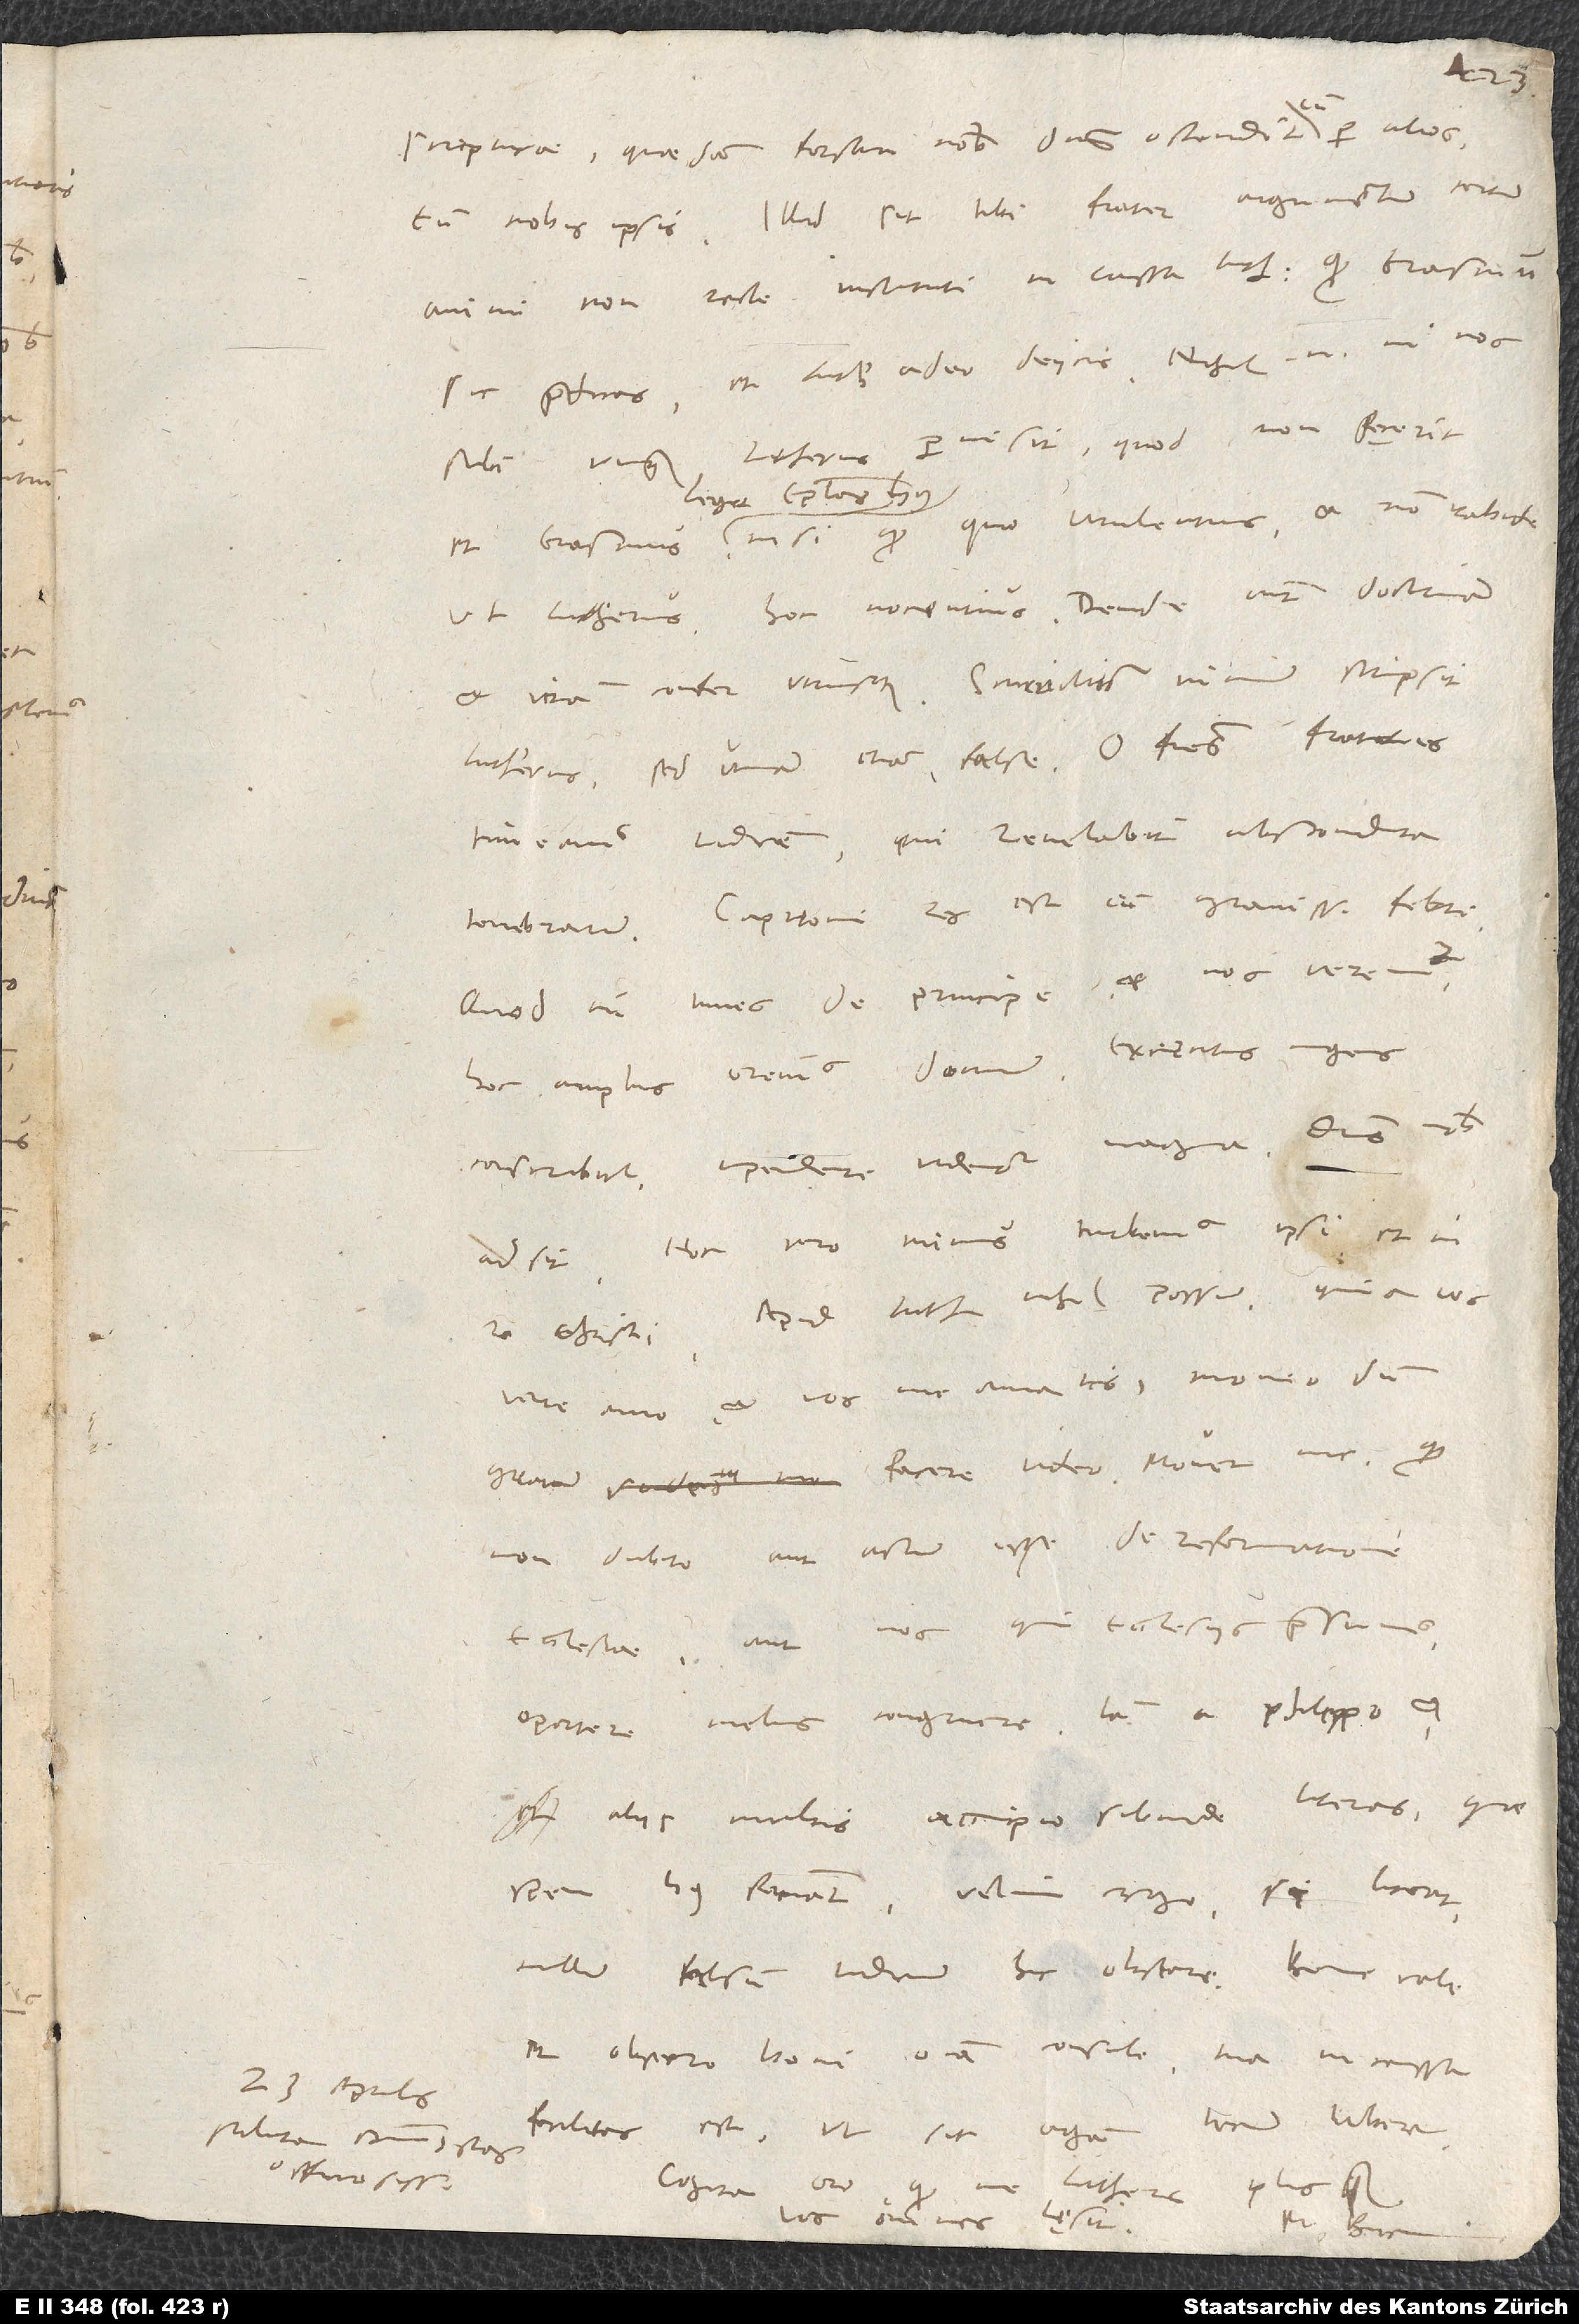
23. aprilis.
officiosissime.

sic praedicas et Lutherum adeo deiicis. Nihil enim in nos
sibi unquam Lutherus permisit, quod non fecerit
lege epistolas huius
ut Lutherus, hoc nocentius. Deinde autem doctrinam
et vitam confer utriusque. Scurriliter nimium scripsit
Lutherus, sed utinam etiam false! O fratres, fratres,
timeamus iudicem, qui revelabit abscondita
Capitoni res est cum gravissima febri.
Quod tu times de principe, et nos veremur.
Hoc amplius oremus dominum. Exercitus ingens
conscribitur. Impendere videntur magna. Dominus nobis
adsit. Hoc vero minus turbemus ipsi et in
re Christi. Apud Lutherum nihil possum. Quia vos
vere amo et vos me amatis, moneo, dum
gratum facere video. Movet me, quod
non dubito aut actum esse de reformatione
ecclesiae aut nos, qui ecclesiis praesumus,
oportere melius congruere. Iam a Philippo
et aliis multis accipio subinde literas, quae
spem huius faciant. Velim ergo, si liceat,
et obsecro, boni omnia consule. Tua in caussa
facilitas est, ut sic agam tecum libere.
oro,
Lutherus plus quam